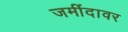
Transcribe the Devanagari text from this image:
जमींदावर